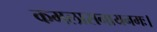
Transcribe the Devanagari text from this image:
कमलासनायनमः।